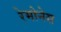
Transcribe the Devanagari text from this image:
रेमोनेस